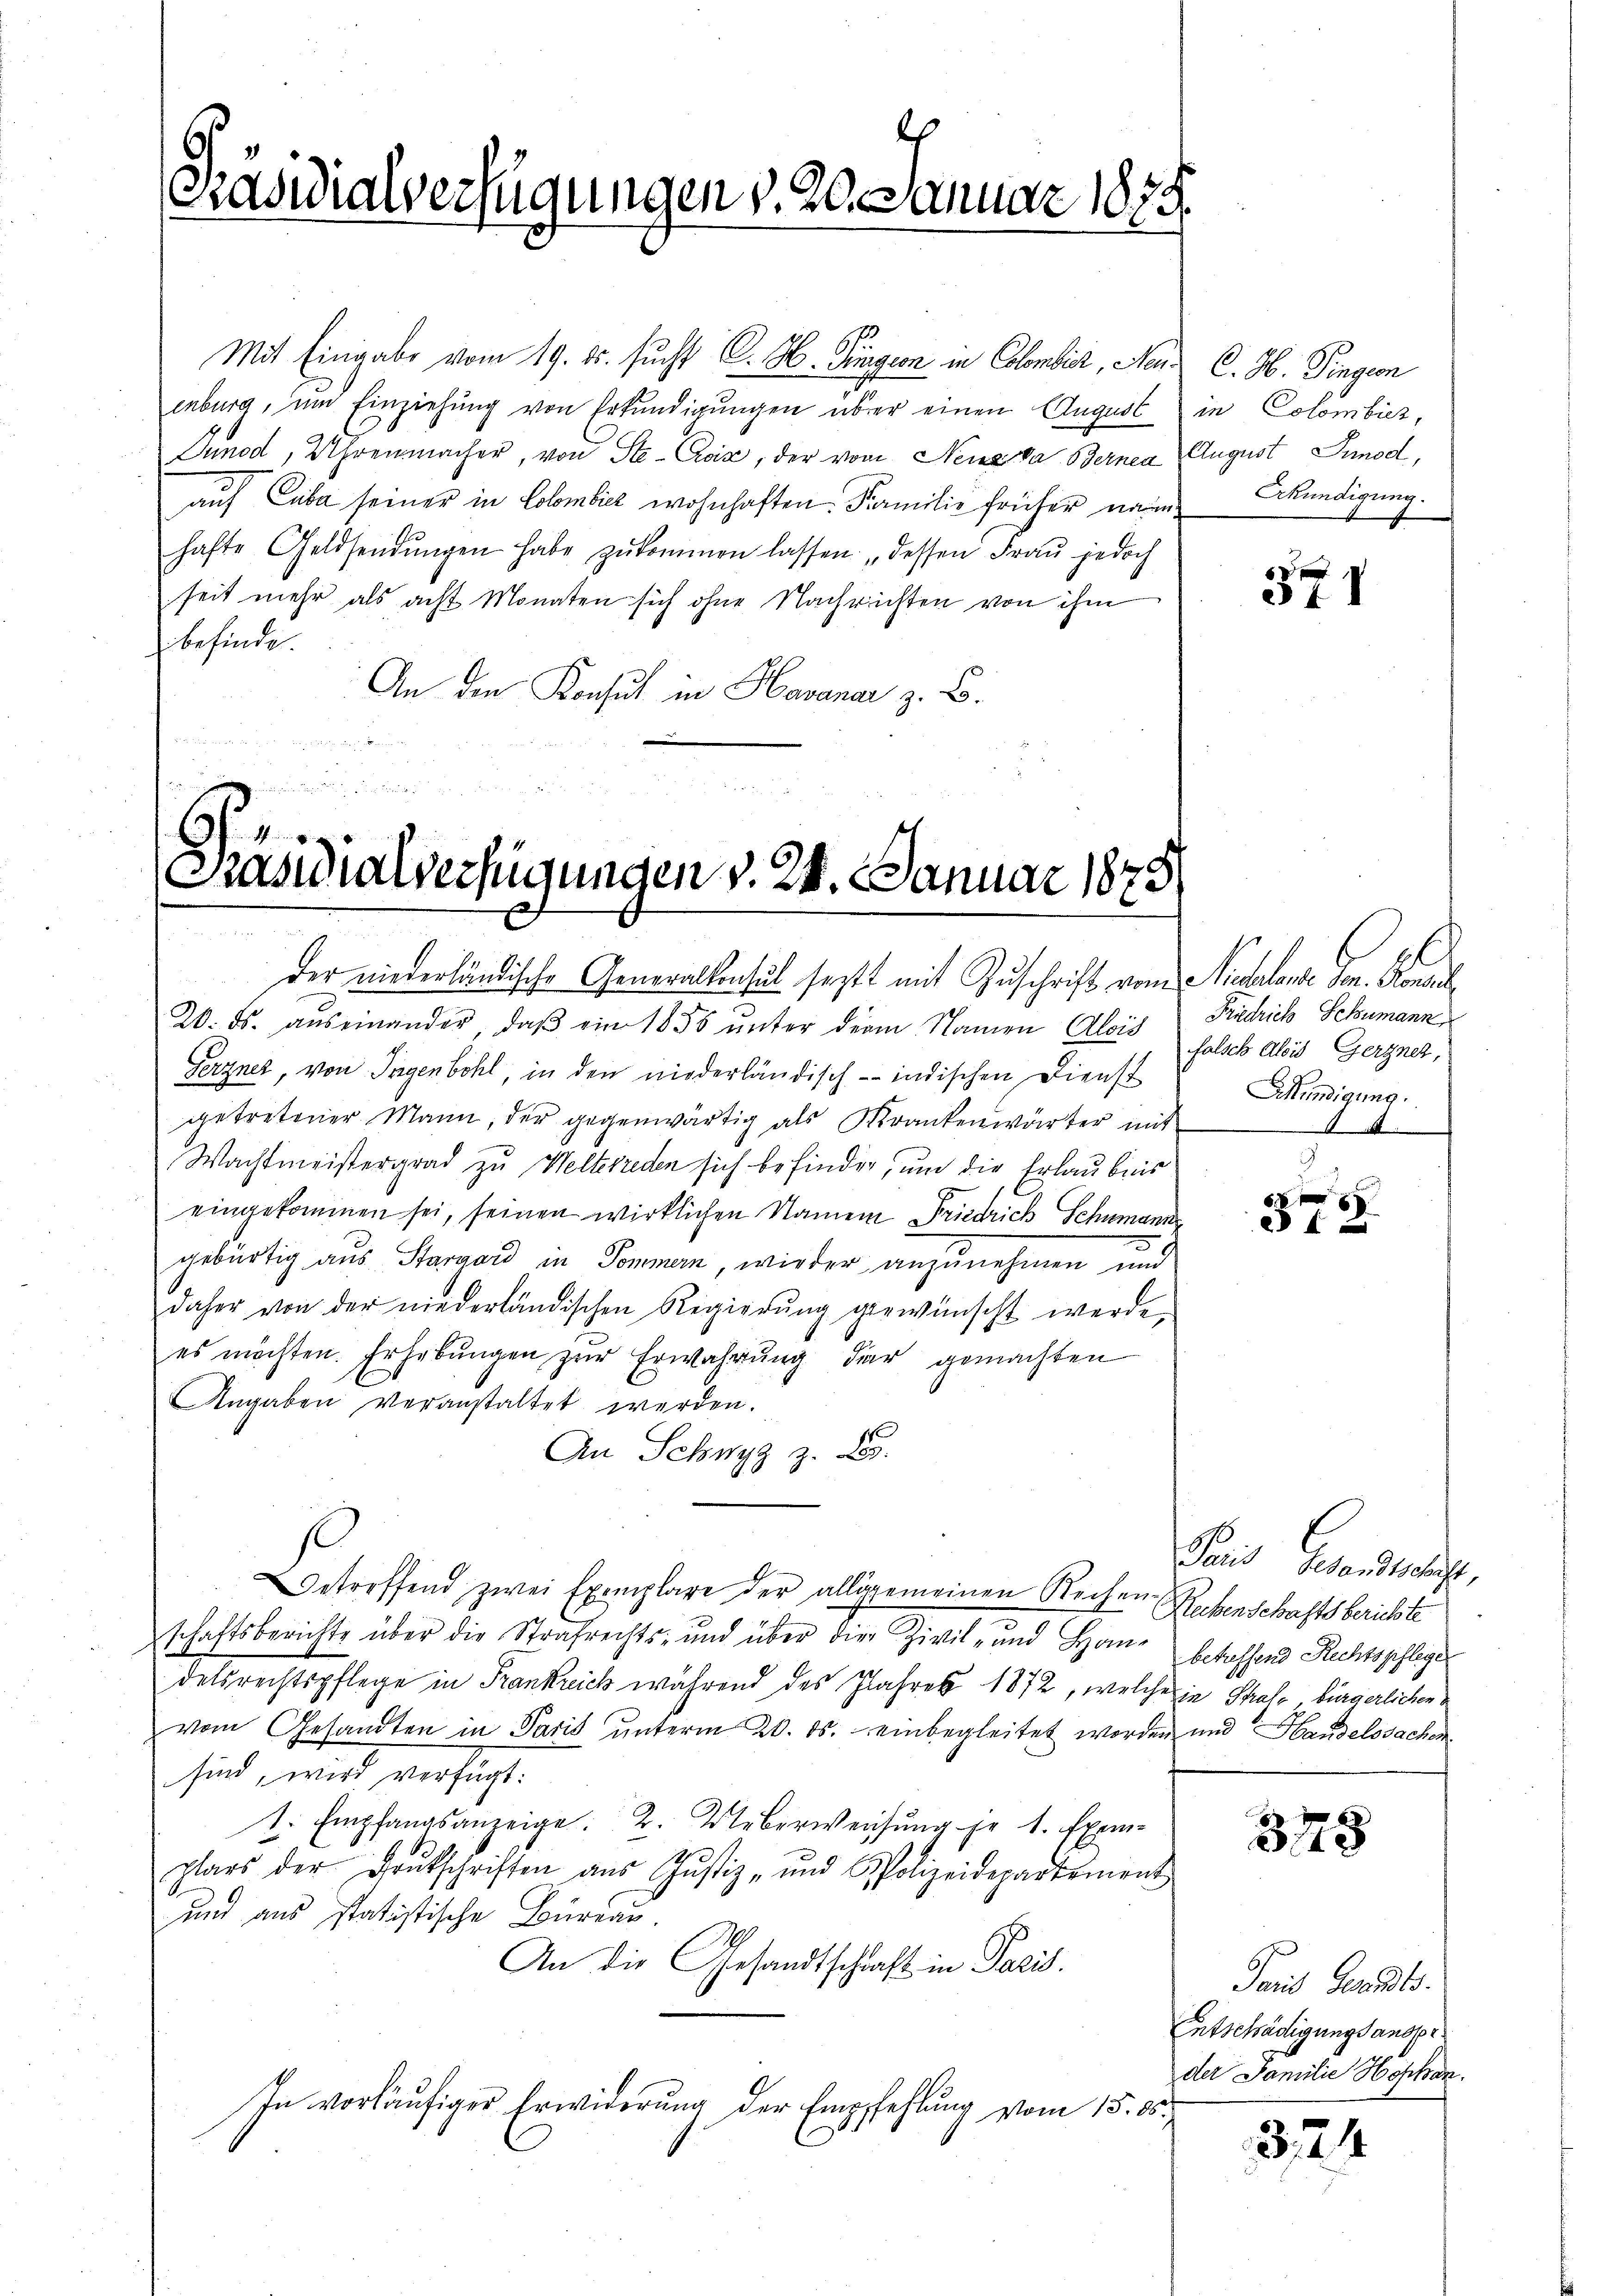
l
Präsidialverfügungen v. 20. Januar 1875

Mit Eingabe vom 19. ds. sucht C. H. Tüngern in Colombis, Neuenburg, um Einziehung von Erkundigungen über einen August in Colombicz,
Junod, Uhrenmacher, von Ste-Coix, der vom Neueda Bernen August Sunod,
auf Cuba seiner in Colombicz wohnhaften. Familie früher nam kündigung.
hafte Geldsendŭngen habe zŭkommen lassen: „dessen Fraŭ jedoch
seit mehr als acht Monaten sich ohne Nachrichten von ihm
befinde.
An den Konsul in Havanar z. B.

S
Präsidialverfügungen v. 24. Januar 1875

der wiederländische Generalkonsul sagt mit Zuschrift vom Nieharlone. Jan. Ko
20. ds. aŭs einander, daβ ein 1855 ŭnter derm Namen Alois falsch Alois Gerzner,
Gerzner, von Ingenbohl, in den niederländisch-indischen Dienst
getretener Mann, der gegenwärtig als Krankenwärter mit
Wachtmeistergrad zu Welterreden sich befinden, um die Erlaubnis
eingekommen sei, seinen wirklichen Namen Friedrich Schumann
gebürtig aus Stargard in Sommen, wieder anzunehmen und
daher von der niederländischen Regierŭng gewünscht werde.
es möchten. Erhebungen zur Erwahrung dar gemachten
Angaben veranstaltet werden.
An Schwyz z. B.
Betreffend zwei Exemplare der allgemeinen Rechen Rechenschaftsberichte
schaftsberichts über die Strafrechts- und über die Zivil- und Ham befassen Rechtspflege
delsrechtspflege in Frankreich während des Jahres 1872, welche in Strafe bürgerlichen
vom Gesandten in Paris unterm 20. ds. einbegleitet worden und Handelssachen
sind, wird verfügt:
t. Empfangsanzeige: 2. Ueberweisŭng je 1 Exem-
14
plars der Drukschriften ans Justiz- und Polizeidepartement
und aus statistische Büreau
An die Gesandtschaft in Paris.
In vorläufiger Erwiderung der Empfehlung vom 15. 85.

C. H. Fingen

371

Friedrich Schumann
Esfündigung.

x8
4

Paris Gesandtschaft,

378

Paris Gesandts
Entschädigung sanspr
der Familie Hofkan.

324